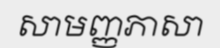
សាមញ្ញភាសា